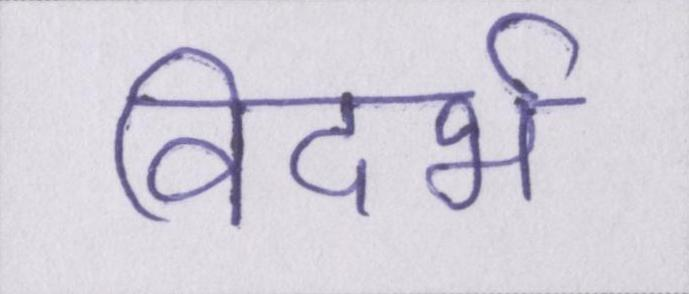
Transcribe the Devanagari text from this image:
विदर्भ